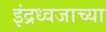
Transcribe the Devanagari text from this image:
इंद्रध्वजाच्या